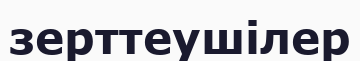
зерттеушілер